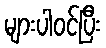
များပါဝင်ပြီး